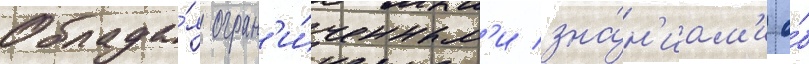
Облада́я огран'и́ченным'и зна́н'иам'и о́б